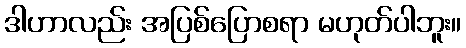
ဒါဟာလည်း အပြစ်ပြောစရာ မဟုတ်ပါဘူး။